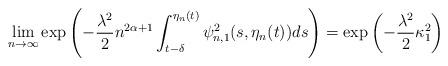
LaTeX: \begin{align*} \lim_{n\rightarrow \infty}\exp \left(-\frac {\lambda^2} 2 n^{2\alpha+1} \int_{t- \delta} ^{\eta_n(t)}\psi_{n,1}^2(s,\eta_n(t)) ds \right) = \exp\left( -\frac {\lambda^2} 2 \kappa_1^2 \right) \end{align*}